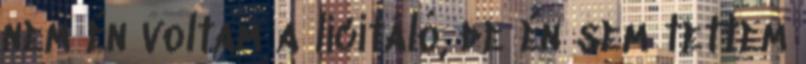
nem én voltam a licitáló, de én sem tettem